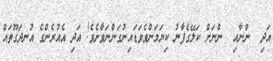
އަދި  ންނާއި  ންނަށް ކަލޭގެފާނު ކިޔަމަންވެވަޑައިނުގަންނަވާށެވެ! އަދި އެއުރެންގެ އުނދަގޫތައް